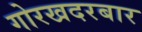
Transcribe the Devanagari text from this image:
गोरखदरबार